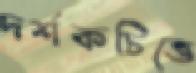
দর্শকচিত্তে